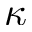
\kappa